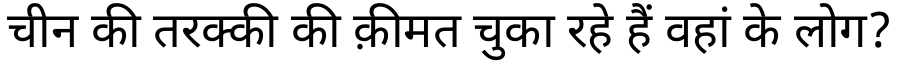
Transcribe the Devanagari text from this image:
चीन की तरक्की की क़ीमत चुका रहे हैं वहां के लोग?